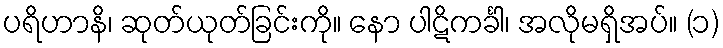
ပရိဟာနိ၊ ဆုတ်ယုတ်ခြင်းကို။ နော ပါဋိကင်္ခါ၊ အလိုမရှိအပ်။ (၁)